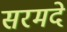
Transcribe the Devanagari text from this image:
सरमदे